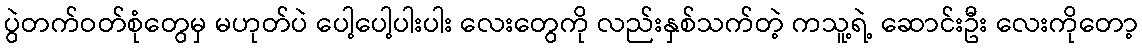
ပွဲတက်ဝတ်စုံတွေမှ မဟုတ်ပဲ ပေါ့ပေါ့ပါးပါး လေးတွေကို လည်းနှစ်သက်တဲ့ ကသူ့ရဲ့ ဆောင်းဦး လေးကိုတော့